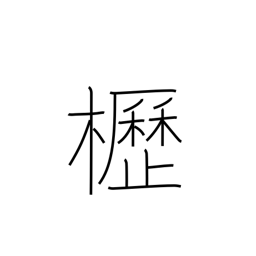
Meaning: horse barn